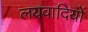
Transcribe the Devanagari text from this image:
लयवादियों